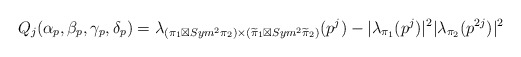
\begin{align*}Q_j(\alpha_p,\beta_p,\gamma_p,\delta_p)=\lambda_{ (\pi_1\boxtimes Sym^2\pi_2) \times(\widetilde\pi_1\boxtimes Sym^2\widetilde\pi_2) }(p^j)-|\lambda_{\pi_1}( p^j)|^2 |\lambda_{\pi_2}( p^{2j})|^2\end{align*}